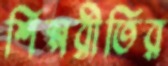
শিল্পরীতির